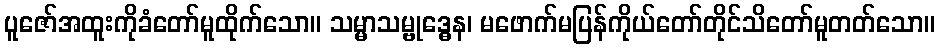
ပူဇော်အထူးကိုခံတော်မူထိုက်သော။ သမ္မာသမ္ဗုဒ္ဓေန၊ မဖောက်မပြန်ကိုယ်တော်တိုင်သိတော်မူတတ်သော။